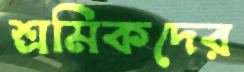
শ্রমিকদের